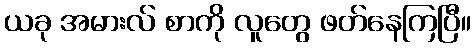
ယခု အမားလ် စာကို လူတွေ ဖတ်နေကြပြီ။